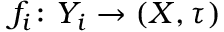
f _ { i } \colon Y _ { i } \to ( X , \tau )